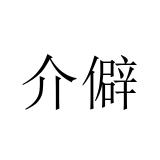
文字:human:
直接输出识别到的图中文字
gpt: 介僻